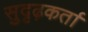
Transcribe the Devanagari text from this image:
सुदृढ़कर्ता